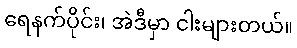
ရေနက်ပိုင်း၊ အဲဒီမှာ ငါးများတယ်။